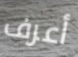
أعرف